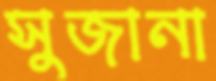
সুজানা